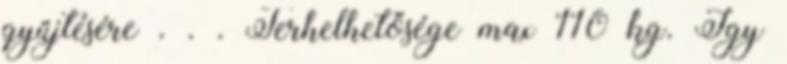
gyűjtésére . . . Terhelhetősége max 110 kg. Így